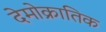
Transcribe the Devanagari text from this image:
देमोक्रातिक